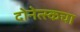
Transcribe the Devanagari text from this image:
दोनेत्स्कचा